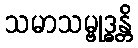
သမာသမ္ဗုဒ္ဓန္တိ